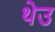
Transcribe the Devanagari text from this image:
थेउ